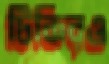
টিকিরও